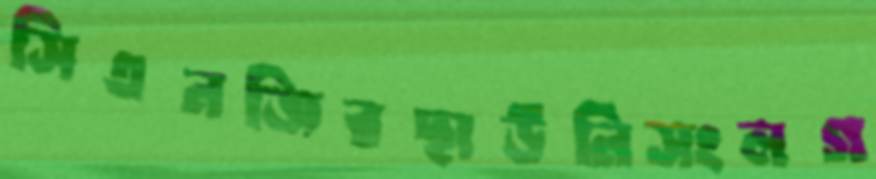
সিএনজিরছাউনিসংলগ